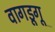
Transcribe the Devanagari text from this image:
वागडूगू